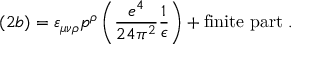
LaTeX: ( 2 b ) = \varepsilon _ { \mu \nu \rho } p ^ { \rho } \left( \frac { e ^ { 4 } } { 2 4 \pi ^ { 2 } } \frac { 1 } { \epsilon } \right) + \mathrm { f i n i t e ~ p a r t } \; .